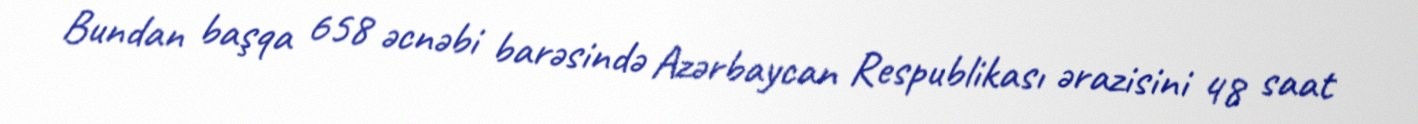
Bundan başqa 658 əcnəbi barəsində Azərbaycan Respublikası ərazisini 48 saat